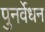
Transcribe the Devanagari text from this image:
पुनर्वेधन